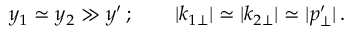
y _ { 1 } \simeq y _ { 2 } \gg y ^ { \prime } \, ; \qquad | k _ { 1 \perp } | \simeq | k _ { 2 \perp } | \simeq | p _ { \perp } ^ { \prime } | \, . \nonumber